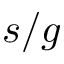
s / g